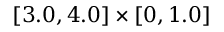
[ 3 . 0 , 4 . 0 ] \times [ 0 , 1 . 0 ]